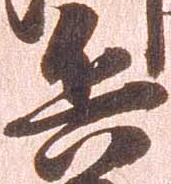
兵